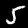
Digit: 5